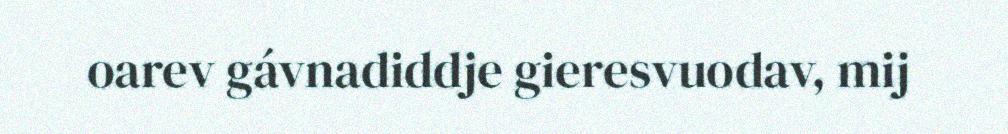
oarev gávnadiddje gieresvuodav, mij